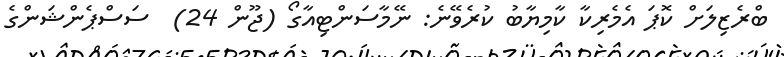
ބްރެޒިލަށް ކޮޕަ އެމެރިކާ ކާމިޔާބު ކުރެވޭނެ: ނޭމާސަންޓިއާގޯ (ޖޫން 24)  ސަސްޕެންޝަންގެ